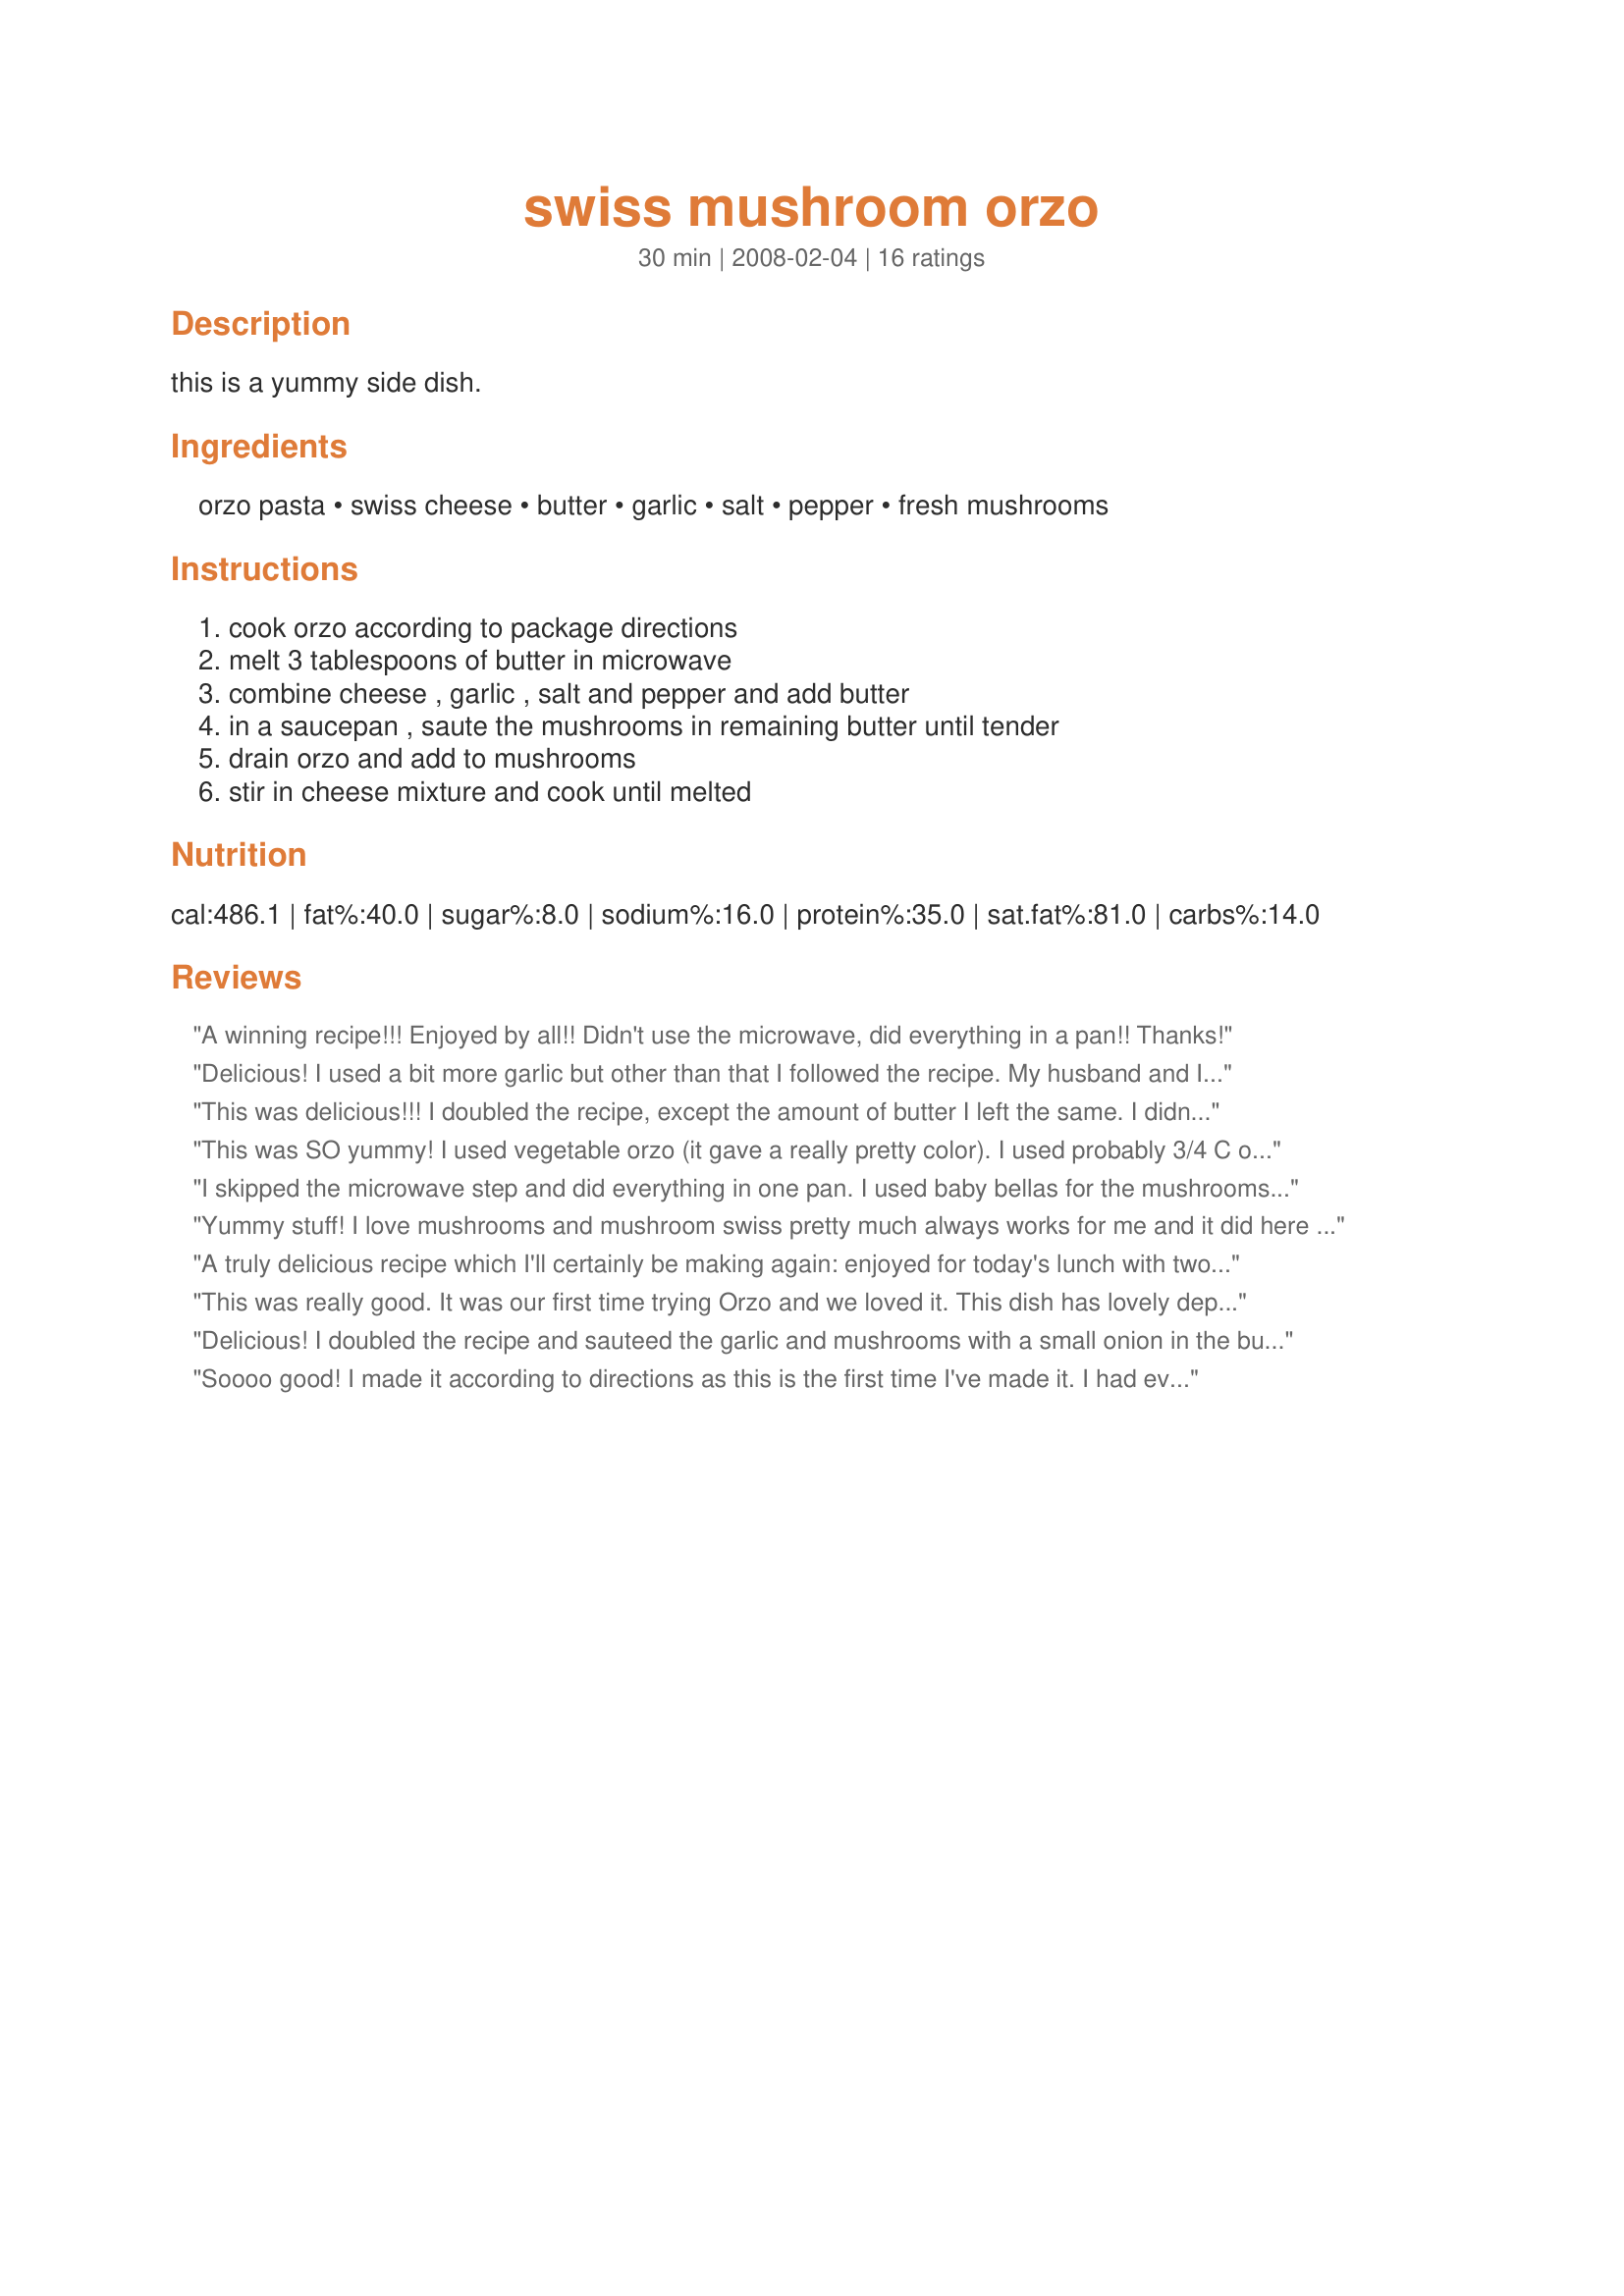
swiss mushroom orzo
Preparation time: 30 minutes

this is a yummy side dish.

Ingredients:
orzo pasta, swiss cheese, butter, garlic, salt, pepper, fresh mushrooms

Steps:
cook orzo according to package directions, melt 3 tablespoons of butter in microwave, combine cheese , garlic , salt and pepper and add butter, in a saucepan , saute the mushrooms in remaining butter until tender, drain orzo and add to mushrooms, stir in cheese mixture and cook until melted

Reviews:
A winning recipe!!! Enjoyed by all!! Didn't use the microwave, did everything in a pan!! Thanks!
Delicious! I used a bit more garlic but other than that I followed the recipe. My husband and I both loved it and I will definitely be making this again---thanks!
This was delicious!!! I doubled the recipe, except the amount of butter I left the same. I didn't have swiss cheese, so used a combination of mozzarella, parmesan and romano shredded cheeses. I used baby portabella mushrooms. Very cheesy and tasty pasta dish. Thanks bmcnichol for a great recipe!!!
This was SO yummy! I used vegetable orzo (it gave a really pretty color). I used probably 3/4 C of the swiss, 1 1/4 of sliced mushrooms. I used one fresh garlic clove (thew it in with the sauteed mushrooms), and some lemon juice along with the salt and pepper. Delicious!
I skipped the microwave step and did everything in one pan. I used baby bellas for the mushrooms and this was just a lovely side dish. Went perfectly with grilled steak.
Yummy stuff! I love mushrooms and mushroom swiss pretty much always works for me and it did here for sure. I loved the level of garlic but then I do like garlic. I used low far margarine and reduced fat swiss and it all worked really well. Like others, I skipped the microwave and just melted the first part of the margarine in a pan and then added the rest of the ingredients the recipe says to add to that butter to the pan and carried on from there. Made for Holiday Tag.
A truly delicious recipe which I'll certainly be making again: enjoyed for today's lunch with two friends! I doubled the garlic and added it in step four after the mushrooms were pretty much as softened as I wanted them to be, for about a minute. I also used more like 2 cups of mushrooms (a mix of button mushrooms and Swiss browns) and added a sprinkling of thyme and a couple of teaspoons of white wine again towards the end of step four, and allowed it to evaporate down... I was just after the added flavour. Thanks for sharing another super-star recipe, bmcnichol! Made for Zaar Stars Tag!
This was really good. It was our first time trying Orzo and we loved it. This dish has lovely depths of flavor and textures. I added a little sweet onion to the mushrooms while sauting and decreased the garlic by half...I have a picky dh. This was a lovely side dish that I will make again.
Delicious! I doubled the recipe and sauteed the garlic and mushrooms with a small onion in the butter, I didn't use the microwave at all, I also added in about 1 teaspoon crushed red pepper flakes, this was very good, thanks for sharing bmc!
Soooo good! I made it according to directions as this is the first time I've made it. I had everything in the house except Orzo, so I used the pasta that looks like tiny little stars - "Stelline". This is perfect for a side dish with just about anything from rare steaks to spicy sausages. Similar, but very different, to my sister's "Hellzapoppin", which I am submitting.
Wonderful. Definitely a keeper. Thanks for posting.
This was a wonderful side dish. I doubled the mushrooms and added some onion too. I think with the onion and the extra mushrooms, it was perfect!
I used swiss cheese but couldn't detect the taste. So maybe next time I would use just cheddar cheese. And there was too much garlic for me. I would omit it probably. Thanks BMCNichol. Made for 123 hit wonders
Loved this recipe! I melted the butter in my boiling pan while orzo was draining, sauteed the garlic (used four cloves), mushrooms (8 oz) & crushed red pepper then added the orzo, some frozen peas, mozzarella cheese (had no swiss) & a handful of Parmesan cheese. This was DELISH. DH loved it. This is a keeper.. thanx for a great recipe!
Outstanding. Had to dice up sliced baby swiss for this. Doubled the recipe and increased the garlic. FABULOUS and easy. Made tonight with salmon and grilled veggies. Easily 5 stars.
Delicious! This was such a fast and easy side dish. Definately a keeper.
